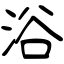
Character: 浴